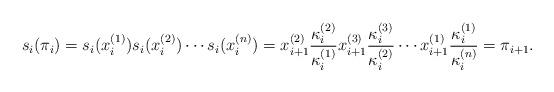
LaTeX: \begin{align*}s_i(\pi_i) = s_i(x_i^{(1)}) s_i(x_i^{(2)}) \cdots s_i(x_i^{(n)}) = x_{i+1}^{(2)} \frac{\kappa_i^{(2)}}{\kappa_i^{(1)}}x_{i+1}^{(3)} \frac{\kappa_i^{(3)}}{\kappa_i^{(2)}} \cdots x_{i+1}^{(1)} \frac{\kappa_i^{(1)}}{\kappa_i^{(n)}} = \pi_{i+1}.\end{align*}